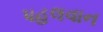
પહલવાન